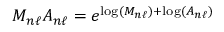
M _ { n \ell } A _ { n \ell } = e ^ { \log ( M _ { n \ell } ) + \log ( A _ { n \ell } ) }